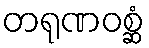
တရုဏဝစ္ဆံ